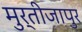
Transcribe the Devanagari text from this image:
मुर्तीजापुर